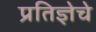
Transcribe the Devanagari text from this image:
प्रतिज्ञेचे